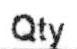
QTY